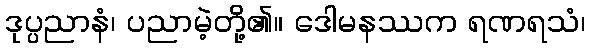
ဒုပ္ပညာနံ၊ ပညာမဲ့တို့၏။ ဒေါမနဿက ရဏရသံ၊